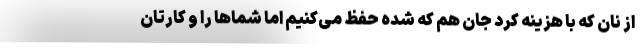
از نان که با هزینه کرد جان هم که شده حفظ می‌کنیم اما شماها را و کارتان